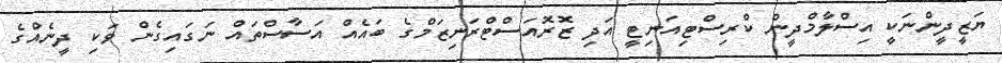
ޔަޒީދީންނަކީ އިސްލާމްދީން ކްރިސްޓިއަނިޓީ އަދި ޒޮރޮއަސްޓްރަނިޒަމްގެ ބައެއް އަސާސްތައް ނަގައިގެން ވަކި ދީނެއްގެ